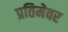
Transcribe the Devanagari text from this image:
प्रतिमेवर